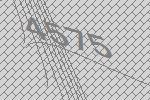
4575